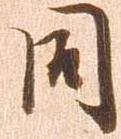
同